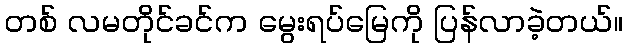
တစ် လမတိုင်ခင်က မွေးရပ်မြေကို ပြန်လာခဲ့တယ်။